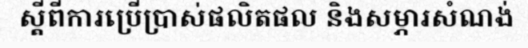
ស្តីពីការប្រើប្រាស់ផលិតផល និងសម្ភារសំណង់